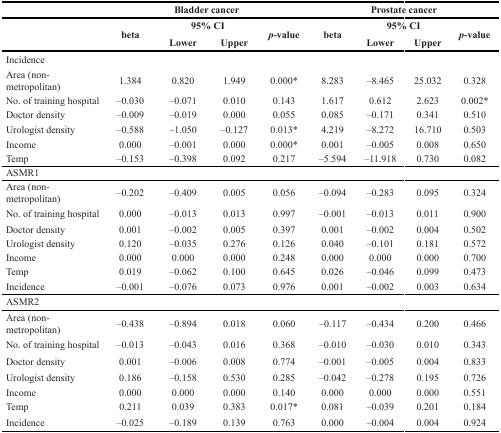
<table><thead><tr><td></td><td colspan="4"><b>Bladder cancer</b></td><td colspan="4"><b>Prostate cancer</b></td></tr><tr><td rowspan="2"></td><td rowspan="2"><b>beta</b></td><td colspan="2"><b>95% CI</b></td><td rowspan="2"><b><i>p</i>-value</b></td><td rowspan="2"><b>beta</b></td><td colspan="2"><b>95% CI</b></td><td rowspan="2"><b><i>p</i>-value</b></td></tr><tr><td><b>Lower</b></td><td><b>Upper</b></td><td><b>Lower</b></td><td><b>Upper</b></td></tr></thead><tbody><tr><td>Incidence</td><td></td><td></td><td></td><td></td><td></td><td></td><td></td><td></td></tr><tr><td>Area (non-metropolitan)</td><td>1.384</td><td>0.820</td><td>1.949</td><td>0.000*</td><td>8.283</td><td>–8.465</td><td>25.032</td><td>0.328</td></tr><tr><td>No. of training hospital</td><td>–0.030</td><td>–0.071</td><td>0.010</td><td>0.143</td><td>1.617</td><td>0.612</td><td>2.623</td><td>0.002*</td></tr><tr><td>Doctor density</td><td>–0.009</td><td>–0.019</td><td>0.000</td><td>0.055</td><td>0.085</td><td>–0.171</td><td>0.341</td><td>0.510</td></tr><tr><td>Urologist density</td><td>–0.588</td><td>–1.050</td><td>–0.127</td><td>0.013*</td><td>4.219</td><td>–8.272</td><td>16.710</td><td>0.503</td></tr><tr><td>Income</td><td>0.000</td><td>–0.001</td><td>0.000</td><td>0.000*</td><td>0.001</td><td>–0.005</td><td>0.008</td><td>0.650</td></tr><tr><td>Temp</td><td>–0.153</td><td>–0.398</td><td>0.092</td><td>0.217</td><td>–5.594</td><td>–11.918</td><td>0.730</td><td>0.082</td></tr><tr><td>ASMR1</td><td></td><td></td><td></td><td></td><td></td><td></td><td></td><td></td></tr><tr><td>Area (non-metropolitan)</td><td>–0.202</td><td>–0.409</td><td>0.005</td><td>0.056</td><td>–0.094</td><td>–0.283</td><td>0.095</td><td>0.324</td></tr><tr><td>No. of training hospital</td><td>0.000</td><td>–0.013</td><td>0.013</td><td>0.997</td><td>–0.001</td><td>–0.013</td><td>0.011</td><td>0.900</td></tr><tr><td>Doctor density</td><td>0.001</td><td>–0.002</td><td>0.005</td><td>0.397</td><td>0.001</td><td>–0.002</td><td>0.004</td><td>0.502</td></tr><tr><td>Urologist density</td><td>0.120</td><td>–0.035</td><td>0.276</td><td>0.126</td><td>0.040</td><td>–0.101</td><td>0.181</td><td>0.572</td></tr><tr><td>Income</td><td>0.000</td><td>0.000</td><td>0.000</td><td>0.248</td><td>0.000</td><td>0.000</td><td>0.000</td><td>0.700</td></tr><tr><td>Temp</td><td>0.019</td><td>–0.062</td><td>0.100</td><td>0.645</td><td>0.026</td><td>–0.046</td><td>0.099</td><td>0.473</td></tr><tr><td>Incidence</td><td>–0.001</td><td>–0.076</td><td>0.073</td><td>0.976</td><td>0.001</td><td>–0.002</td><td>0.003</td><td>0.634</td></tr><tr><td>ASMR2</td><td></td><td></td><td></td><td></td><td></td><td></td><td></td><td></td></tr><tr><td>Area (non-metropolitan)</td><td>–0.438</td><td>–0.894</td><td>0.018</td><td>0.060</td><td>–0.117</td><td>–0.434</td><td>0.200</td><td>0.466</td></tr><tr><td>No. of training hospital</td><td>–0.013</td><td>–0.043</td><td>0.016</td><td>0.368</td><td>–0.010</td><td>–0.030</td><td>0.010</td><td>0.343</td></tr><tr><td>Doctor density</td><td>0.001</td><td>–0.006</td><td>0.008</td><td>0.774</td><td>–0.001</td><td>–0.005</td><td>0.004</td><td>0.833</td></tr><tr><td>Urologist density</td><td>0.186</td><td>–0.158</td><td>0.530</td><td>0.285</td><td>–0.042</td><td>–0.278</td><td>0.195</td><td>0.726</td></tr><tr><td>Income</td><td>0.000</td><td>0.000</td><td>0.000</td><td>0.140</td><td>0.000</td><td>0.000</td><td>0.000</td><td>0.551</td></tr><tr><td>Temp</td><td>0.211</td><td>0.039</td><td>0.383</td><td>0.017*</td><td>0.081</td><td>–0.039</td><td>0.201</td><td>0.184</td></tr><tr><td>Incidence</td><td>–0.025</td><td>–0.189</td><td>0.139</td><td>0.763</td><td>0.000</td><td>–0.004</td><td>0.004</td><td>0.924</td></tr></tbody></table>